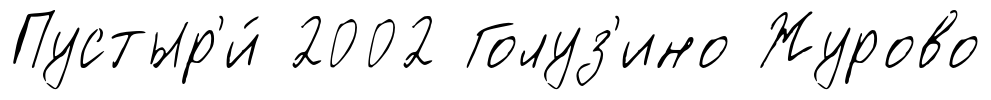
Пустыр'и́ 2002 Голуз'ино Журово